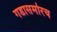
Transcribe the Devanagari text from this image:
गडासमोरच